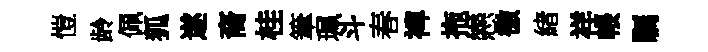
愷龄佩狐遂裔桂筆珮斗春裨拖戀徼緖祥帳瞩